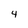
Character: 4